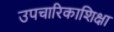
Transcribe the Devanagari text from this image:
उपचारिकाशिक्षा